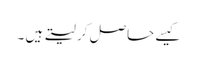
کیسے حاصل کر لیتے ہیں ۔